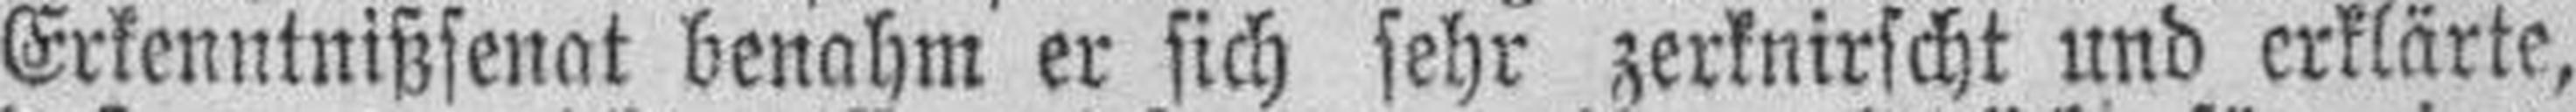
Erkenntnißsenat benahm er sich sehr zerknirscht und erklärte,